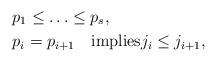
LaTeX: \begin{align*}&p_1\leq \ldots\leq p_s,\\&p_i =p_{i+1}\quad\textrm{implies}j_i\leq j_{i+1},\end{align*}